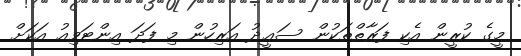
މީގެ ކުރީން އެކި ފަރާތްތަކުން ސަޢީދު އަރިހުން މި ފަދަ އިންޓަވިއު އަކަށް